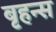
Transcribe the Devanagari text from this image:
बृहन्स